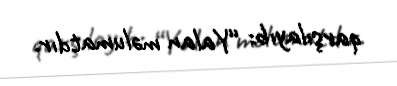
qarşılayıb: “Yalan məlumatdır.